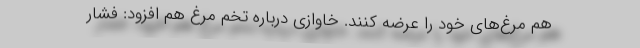
هم مرغ‌های خود را عرضه کنند. خاوازی درباره تخم مرغ هم افزود: فشار